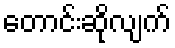
တောင်းဆိုလျက်